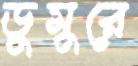
ডুমুরে